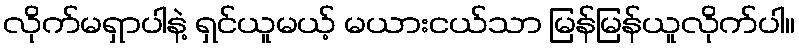
လိုက်မရှာပါနဲ့ ရှင်ယူမယ့် မယားငယ်သာ မြန်မြန်ယူလိုက်ပါ။